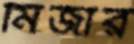
মিজার